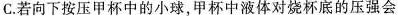
C.若向下按压甲杯中的小球，甲杯中液体对烧杯底的压强会